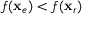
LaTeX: f ( \mathbf { x } _ { e } ) < f ( \mathbf { x } _ { r } )